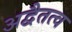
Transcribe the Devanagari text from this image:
अद्वैतत्व